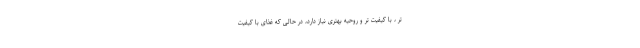
تر ، با کیفیت تر و روحیه بهتری نیاز دارد، در حالی که غذای با کیفیت